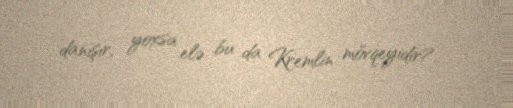
danışır, yoxsa elə bu da Kremlin mövqeyidir?..